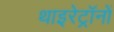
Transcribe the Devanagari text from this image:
थाइरेट्रॉनों